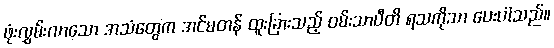
ဖုံးလွှမ်းလာသော အသံတွေက အင်မတန် ထူးခြားသည့် ဝမ်းသာပီတိ ရသကိုသာ ပေးပါသည်။